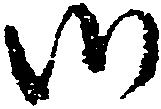
御